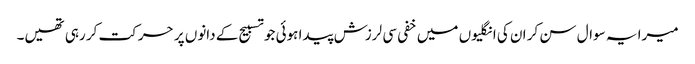
میرا یہ سوال سن کر ان کی انگلیوں میں خفی سی لرزش پیدا ہوئی جو تسبیح کے دانوں پر حرکت کر رہی تھیں۔